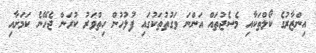
އިންޒާރުގެ ކޯލްތަކާއި މެސެޖުތައް އަންނަ ވަގުތުތަކުގައި ފުލުހުން ހިތްވަރު ކުރަން ޖެހޭނެ ކަމަށާއި